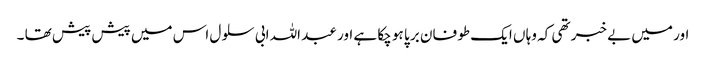
اور میں بے خبر تھی کہ وہا ں ایک طو فان بر پا ہو چکا ہے اور عبد اللہ ابی سلو ل اس میں پیش پیش تھا ۔